Civil Veterinary Dept. Bombay admin report 1932-41 - 1932-1941
Year: 1932
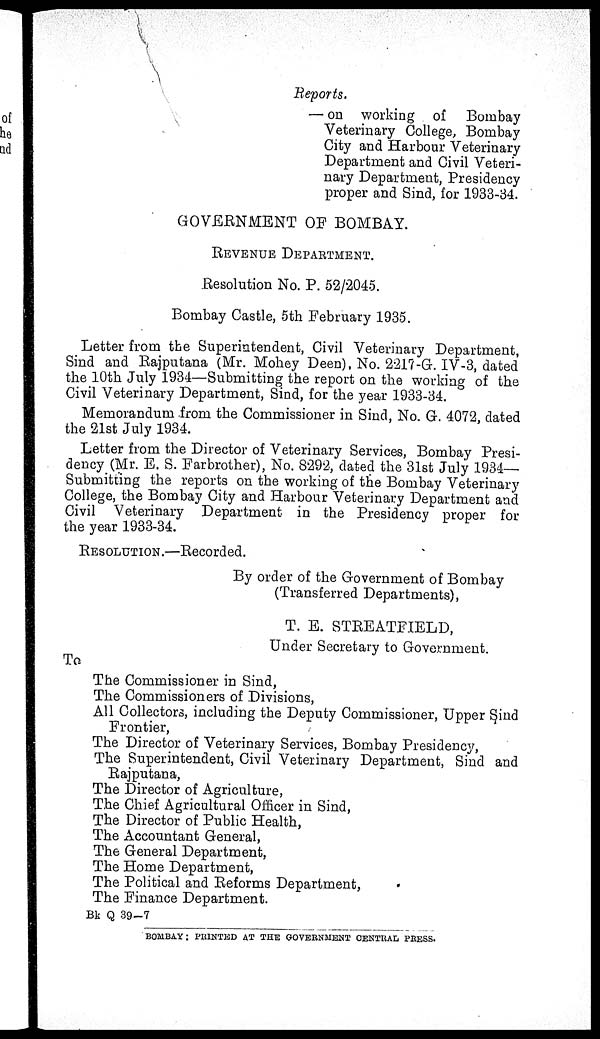
Reports.
— on working of Bombay
Veterinary College, Bombay
City and Harbour Veterinary
Department and Civil Veteri-
nary Department, Presidency
proper and Sind, for 1933-34.
GOVERNMENT OF BOMBAY.
REVENUE
DEPARTMENT.
Resolution No. P. 52/2045.
Bombay Castle, 5th February 1935.
Letter from the Superintendent, Civil Veterinary Department,
Sind and Rajputana (Mr. Mohey Deen), No. 2217-G. IV-3, dated
the 10th July 1934—Submitting the report on the working of the
Civil Veterinary Department, Sind, for the year 1933-34.
Memorandum from the Commissioner in Sind, No. G. 4072, dated
the 21st July 1934.
Letter from the Director of Veterinary Services, Bombay Presi-
dency (Mr. E. S. Farbrother), No. 8292, dated the 31st July 1934—
Submitting the reports on the working of the Bombay Veterinary
College, the Bombay City and Harbour Veterinary Department and
Civil Veterinary Department in the Presidency proper for
the year 1933-34.
RESOLUTION.—Recorded.
By order of the Government of Bombay
(Transferred Departments),
T. E. STREATFIELD,
Under Secretary to Government.
To
The Commissioner in Sind,
The Commissioners of Divisions,
All Collectors, including the Deputy Commissioner, Upper Sind
Frontier,
The Director of Veterinary Services, Bombay Presidency,
The Superintendent, Civil Veterinary Department, Sind and
Rajputana,
The Director of Agriculture,
The Chief Agricultural Officer in Sind,
The Director of Public Health,
The Accountant General,
The General Department,
The Home Department,
The Political and Reforms Department,
The Finance Department.
Bk Q 39-7
BOMBAY: PRINTED AT THE GOVERNMENT CENTRAL PRESS